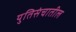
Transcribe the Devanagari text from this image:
युतिसंचातील